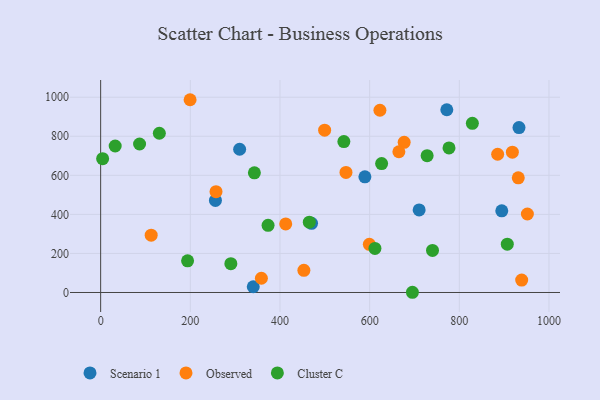
{"axis": {"x": "Distance", "y": "Rating"}, "legend": ["Cluster C", "Observed", "Scenario 1"], "data": [{"x": "710.4", "y": 423.0, "type": "Scenario 1"}, {"x": "772.1", "y": 935.8, "type": "Scenario 1"}, {"x": "310.0", "y": 733.5, "type": "Scenario 1"}, {"x": "256.0", "y": 471.3, "type": "Scenario 1"}, {"x": "340.4", "y": 29.3, "type": "Scenario 1"}, {"x": "470.4", "y": 354.4, "type": "Scenario 1"}, {"x": "589.4", "y": 592.4, "type": "Scenario 1"}, {"x": "894.7", "y": 418.1, "type": "Scenario 1"}, {"x": "933.1", "y": 844.4, "type": "Scenario 1"}, {"x": "677.0", "y": 769.2, "type": "Observed"}, {"x": "931.5", "y": 587.2, "type": "Observed"}, {"x": "939.1", "y": 63.7, "type": "Observed"}, {"x": "453.3", "y": 113.4, "type": "Observed"}, {"x": "885.5", "y": 707.9, "type": "Observed"}, {"x": "665.2", "y": 720.6, "type": "Observed"}, {"x": "951.8", "y": 401.8, "type": "Observed"}, {"x": "622.9", "y": 933.1, "type": "Observed"}, {"x": "499.6", "y": 831.2, "type": "Observed"}, {"x": "199.5", "y": 987.1, "type": "Observed"}, {"x": "412.8", "y": 351.2, "type": "Observed"}, {"x": "257.3", "y": 516.2, "type": "Observed"}, {"x": "358.5", "y": 72.8, "type": "Observed"}, {"x": "112.7", "y": 293.5, "type": "Observed"}, {"x": "918.3", "y": 718.5, "type": "Observed"}, {"x": "547.2", "y": 614.6, "type": "Observed"}, {"x": "599.3", "y": 246.8, "type": "Observed"}, {"x": "130.9", "y": 815.3, "type": "Cluster C"}, {"x": "32.4", "y": 750.1, "type": "Cluster C"}, {"x": "907.0", "y": 247.5, "type": "Cluster C"}, {"x": "777.0", "y": 740.3, "type": "Cluster C"}, {"x": "695.4", "y": 1.1, "type": "Cluster C"}, {"x": "86.8", "y": 760.3, "type": "Cluster C"}, {"x": "611.8", "y": 225.7, "type": "Cluster C"}, {"x": "193.9", "y": 162.2, "type": "Cluster C"}, {"x": "290.4", "y": 147.3, "type": "Cluster C"}, {"x": "373.4", "y": 344.1, "type": "Cluster C"}, {"x": "465.4", "y": 360.0, "type": "Cluster C"}, {"x": "626.7", "y": 659.9, "type": "Cluster C"}, {"x": "4.4", "y": 685.2, "type": "Cluster C"}, {"x": "829.1", "y": 866.2, "type": "Cluster C"}, {"x": "542.5", "y": 772.7, "type": "Cluster C"}, {"x": "740.2", "y": 215.4, "type": "Cluster C"}, {"x": "728.2", "y": 700.8, "type": "Cluster C"}, {"x": "342.9", "y": 612.8, "type": "Cluster C"}]}